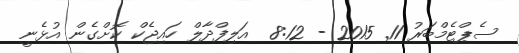
ސެޕްޓެމްބަރު 11